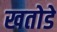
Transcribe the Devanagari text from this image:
खतोडे